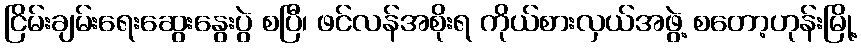
ငြိမ်းချမ်းရေးဆွေးနွေးပွဲ စပြီ၊ ဖင်လန်အစိုးရ ကိုယ်စားလှယ်အဖွဲ့ စတော့ဟုန်းမြို့